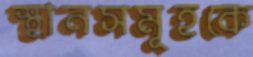
স্থানসমূহকে